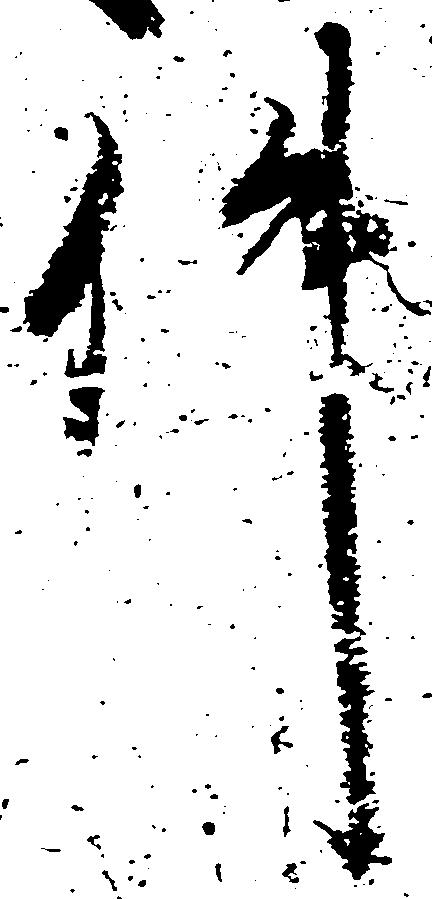
件